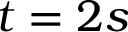
t = 2 s